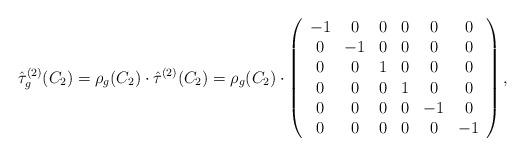
LaTeX: \begin{align*} \hat{\tau}^{(2)}_g(C_2)=\rho_g(C_2)\cdot \hat{\tau}^{(2)}(C_2)=\rho_g(C_2)\cdot\left(\begin{array}{c c c c c c} -1 & 0 & 0 & 0 & 0 & 0\\ 0 & -1 & 0 & 0 & 0& 0\\ 0& 0 & 1 & 0& 0 & 0\\ 0& 0 & 0& 1 & 0 & 0 \\ 0& 0 & 0 & 0& -1 & 0\\ 0& 0 & 0& 0 & 0 & -1 \end{array}\right),\end{align*}